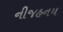
નીજહનય